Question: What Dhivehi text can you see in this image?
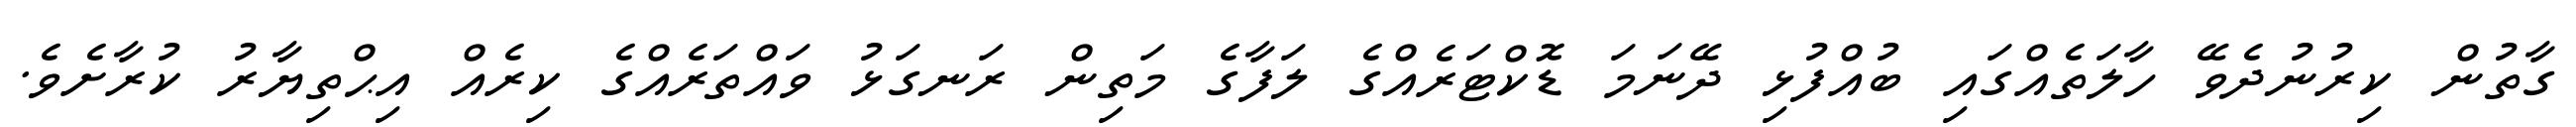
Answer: ގާތުން ކިރުނުދެވޭ ހާލަތެއްގައި ބުއްފުޅި ދޭނަމަ ޑޮކްޓަރެއްގެ ލަފާގެ މަތިން ރަނގަޅު ވައްތަރެއްގެ ކިރެއް އިޙްތިޔާރު ކުރާށެވެ.